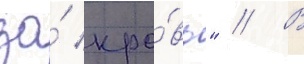
за́ кро́вь" // В